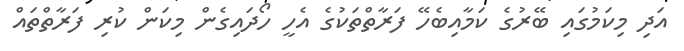
އަދި މިކަމުގައި ބޭރުގެ ކަމާއިބެހޭ ފަރާތްތަކުގެ އެހީ ހޯދައިގެން މިކަން ކުރި ފަރާތްތައް